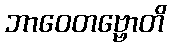
ဘာဝေတဗ္ဗောတိ